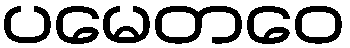
ပမေတဝေ